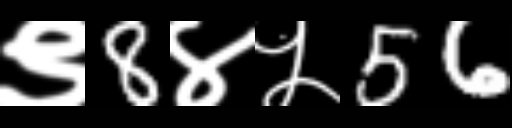
Text: ९8४५56